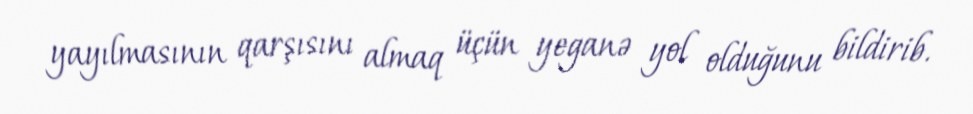
yayılmasının qarşısını almaq üçün yeganə yol olduğunu bildirib.